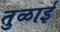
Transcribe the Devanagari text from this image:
तुळाई